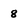
Character: 8